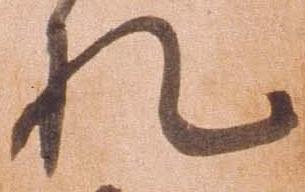
札